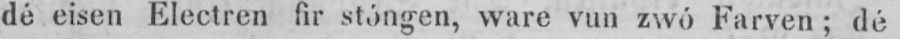
dé eisen Electren fir stóngen, ware vun zwó Farven; dé